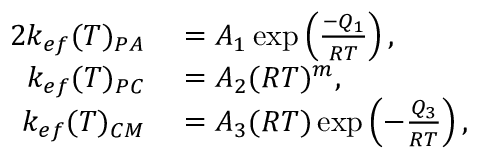
\begin{array} { r l } { { 2 } k _ { e f } ( T ) _ { P A } } & { { } = A _ { 1 } \exp \left( \frac { - Q _ { 1 } } { R T } \right) , } \\ { k _ { e f } ( T ) _ { P C } } & { { } = A _ { 2 } ( R T ) ^ { m } , } \\ { k _ { e f } ( T ) _ { C M } } & { { } = A _ { 3 } ( R T ) \exp \left( - \frac { Q _ { 3 } } { R T } \right) , } \end{array}